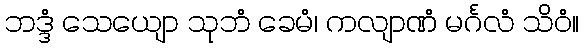
ဘဒ္ဒံ သေယျော သုဘံ ခေမံ၊ ကလျာဏံ မင်္ဂလံ သိဝံ။